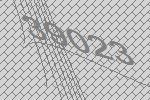
39023